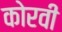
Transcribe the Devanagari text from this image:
कोरवी